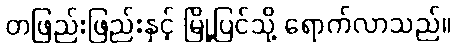
တဖြည်းဖြည်းနှင့် မြို့ပြင်သို့ ရောက်လာသည်။